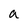
Character: a